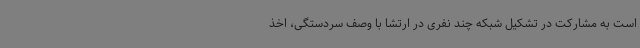
است به مشارکت در تشکیل شبکه چند نفری در ارتشا با وصف سردستگی، اخذ